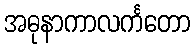
အဓုနာကာလင်္ကတော